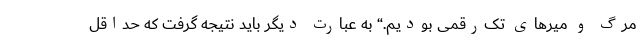
مرگ و میرهای تک‌رقمی بودیم.“ به عبارت دیگر باید نتیجه گرفت که حداقل